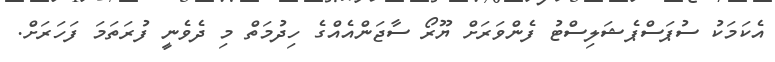
އެކަމަކު ސުޕަސްޕެޝަލިސްޓު ފެންވަރަށް ޔޫރޯ ސާޖަންއެއްގެ ހިދުމަތް މި ދެވެނީ ފުރަތަމަ ފަހަރަށް.